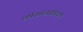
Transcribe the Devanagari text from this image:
धर्मशास्त्रसंबंधाने